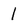
Character: 1